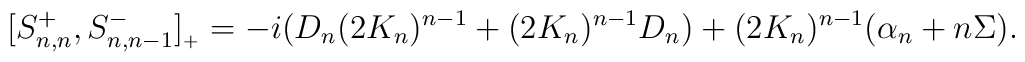
[S^+_{n,n},S^-_{n,n-1}]_{{}_+}=-i(D_n (2K_n)^{n-1}+(2K_n)^{n-1}D_n)+(2K_n)^{n-1}(\alpha_n+n\Sigma).